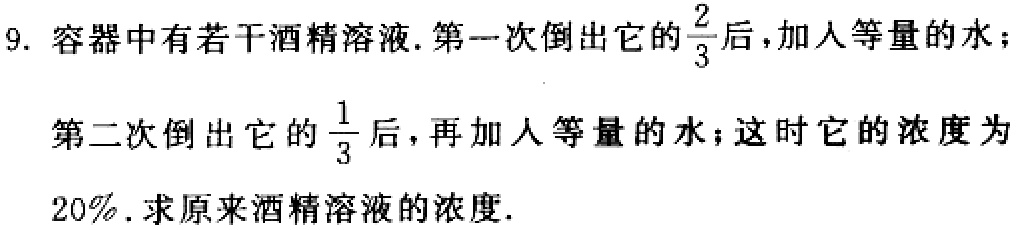
9. 容器中有若干酒精溶液.第一次倒出它的$\frac{2}{3}$后，加入等量的水；
第二次倒出它的$\frac{1}{3}$后，再加入等量的水；这时它的浓度为
$20\%$. 求原来酒精溶液的浓度.